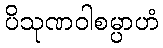
ပိသုဏဝါစမ္ပာဟံ